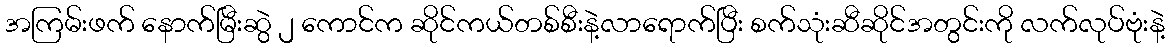
အကြမ်းဖက် နောက်မြီးဆွဲ ၂ ကောင်က ဆိုင်ကယ်တစ်စီးနဲ့လာရောက်ပြီး စက်သုံးဆီဆိုင်အတွင်းကို လက်လုပ်ဗုံးနဲ့